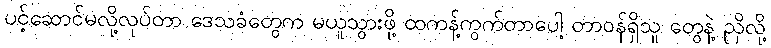
ပင့်ဆောင်မလို့လုပ်တာ ဒေသခံတွေက မယူသွားဖို့ ထကန့်ကွက်တာပေါ့ တာဝန်ရှိသူ တွေနဲ့ ညှိလို့